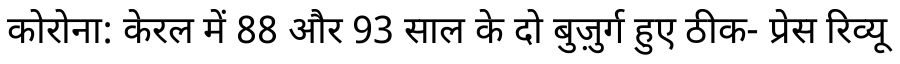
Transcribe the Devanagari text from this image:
कोरोना: केरल में 88 और 93 साल के दो बुज़ुर्ग हुए ठीक- प्रेस रिव्यू